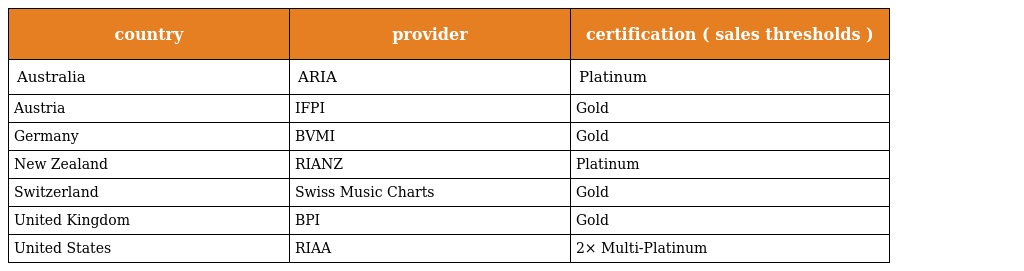
| country | provider | certification ( sales thresholds ) |
 | --- | --- | --- |
 | Australia | ARIA | Platinum |
 | Austria | IFPI | Gold |
 | Germany | BVMI | Gold |
 | New Zealand | RIANZ | Platinum |
 | Switzerland | Swiss Music Charts | Gold |
 | United Kingdom | BPI | Gold |
 | United States | RIAA | 2× Multi-Platinum |